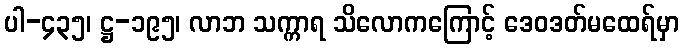
ပါ-၄၃၅၊ ဋ္ဌ-၁၉၅၊ လာဘ သက္ကာရ သိလောကကြောင့် ဒေဝဒတ်မထေရ်မှာ